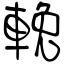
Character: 輓